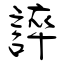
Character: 誶